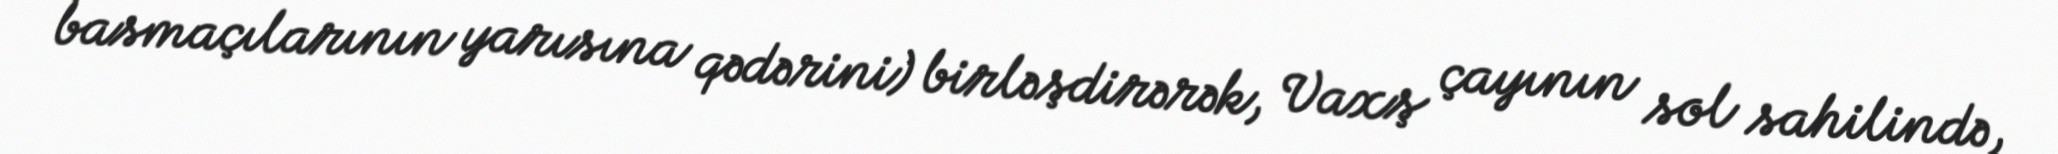
basmaçılarının yarısına qədərini) birləşdirərək, Vaxş çayının sol sahilində,